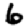
Digit: 6